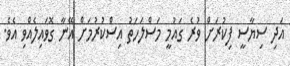
އަދި ސިޔާސީ ފިކުރަށް ވުރެ ގައުމީ މަސްލަހަތު އިސްކުރުމަށް އޭނާ ގޮވައިލެއްވި އެވެ.